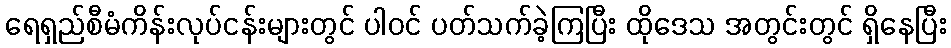
ရေရှည်စီမံကိန်းလုပ်ငန်းများတွင် ပါဝင် ပတ်သက်ခဲ့ကြပြီး ထိုဒေသ အတွင်းတွင် ရှိနေပြီး